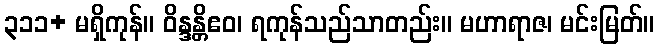
၃၁၁+ မရှိကုန်။ ဝိန္ဒန္တိဧဝ၊ ရကုန်သည်သာတည်း။ မဟာရာဇ၊ မင်းမြတ်။